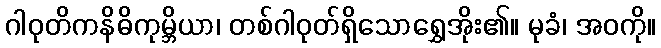
ဂါဝုတိကနိဓိကုမ္ဘိယာ၊ တစ်ဂါဝုတ်ရှိသောရွှေအိုး၏။ မုခံ၊ အဝကို။